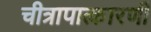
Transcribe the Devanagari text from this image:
चीत्रापात्कारणी